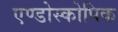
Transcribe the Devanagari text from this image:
एण्डोस्कोपिक